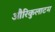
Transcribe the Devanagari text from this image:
औरिकुलाटम